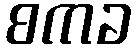
စကခ